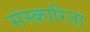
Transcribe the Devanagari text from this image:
संस्कारिता